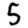
Digit: 5